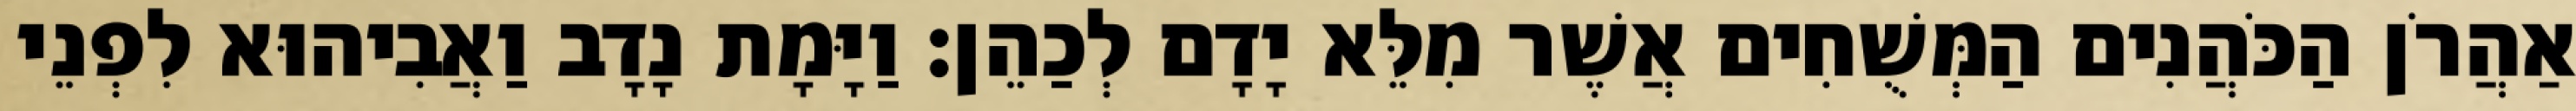
אַהֲרֹן הַכֹּהֲנִים הַמְּשֻׁחִים אֲשֶׁר מִלֵּא יָדָם לְכַהֵן׃ וַיָּמָת נָדָב וַאֲבִיהוּא לִפְנֵי